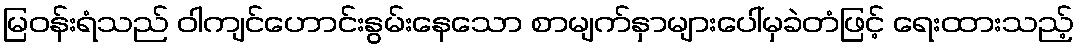
မြဝန်းရံသည် ဝါကျင်ဟောင်းနွမ်းနေသော စာမျက်နှာများပေါ်မှခဲတံဖြင့် ရေးထားသည့်